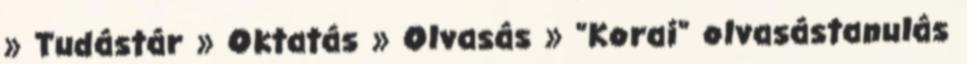
» Tudástár » Oktatás » Olvasás » "Korai" olvasástanulás